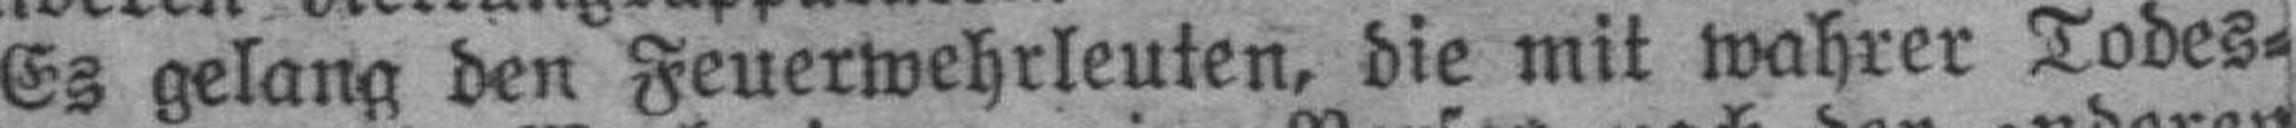
Es gelang den Feuerwehrleuten, die mit wahrer Todes¬